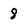
Character: 8